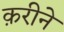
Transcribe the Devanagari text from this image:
क़रीने